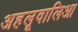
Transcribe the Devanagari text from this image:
अहलूवालिआ